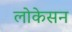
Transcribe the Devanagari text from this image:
लोकेसन